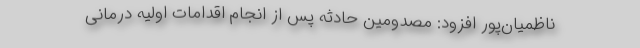
ناظمیان‌پور افزود: مصدومین حادثه پس از انجام اقدامات اولیه درمانی